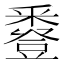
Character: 𧰌